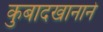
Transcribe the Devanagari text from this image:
कुबादखानाने